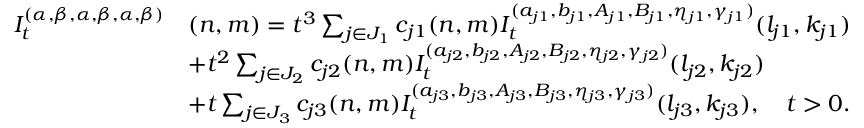
\begin{array} { r l } { I _ { t } ^ { ( \alpha , \beta , \alpha , \beta , \alpha , \beta ) } } & { ( n , m ) = t ^ { 3 } \sum _ { j \in J _ { 1 } } c _ { j 1 } ( n , m ) I _ { t } ^ { ( a _ { j 1 } , b _ { j 1 } , A _ { j 1 } , B _ { j 1 } , \eta _ { j 1 } , \gamma _ { j 1 } ) } ( l _ { j 1 } , k _ { j 1 } ) } \\ & { + t ^ { 2 } \sum _ { j \in J _ { 2 } } c _ { j 2 } ( n , m ) I _ { t } ^ { ( a _ { j 2 } , b _ { j 2 } , A _ { j 2 } , B _ { j 2 } , \eta _ { j 2 } , \gamma _ { j 2 } ) } ( l _ { j 2 } , k _ { j 2 } ) } \\ & { + t \sum _ { j \in J _ { 3 } } c _ { j 3 } ( n , m ) I _ { t } ^ { ( a _ { j 3 } , b _ { j 3 } , A _ { j 3 } , B _ { j 3 } , \eta _ { j 3 } , \gamma _ { j 3 } ) } ( l _ { j 3 } , k _ { j 3 } ) , \quad t > 0 . } \end{array}